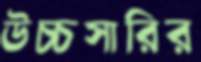
উচ্চসারির